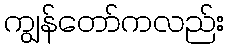
ကျွန်တော်ကလည်း